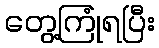
တွေ့ကြုံရပြီး